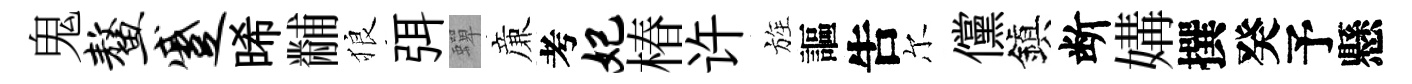
鬼鳌蹙晞黼狼弭蟬亷考妃椿许旌謳吿尔儻鎭断媾撰癸予懸